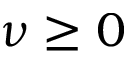
\nu \ge 0